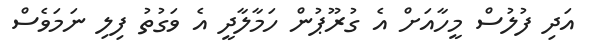
އަދި ފުލުސް މީހާއަށް އެ ގުރޫޕުން ހަމާލާދީ އެ ވަގުތު ފިލި ނަމަވެސް